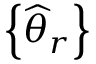
\left\{ { \widehat { \theta } } _ { r } \right\}